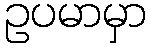
ဥပမာမှာ